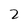
Character: 2